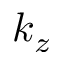
k _ { z }